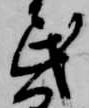
民